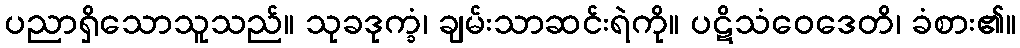
ပညာရှိသောသူသည်။ သုခဒုက္ခံ၊ ချမ်းသာဆင်းရဲကို။ ပဋိသံဝေဒေတိ၊ ခံစား၏။